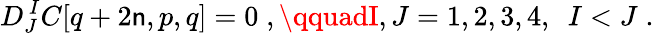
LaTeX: D_{J}^{\, I}C[q+2\mathsf{n},p,q]=0\; ,\qquadI,J=1,2,3,4,\ \ I<J\; .